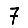
Digit: 7